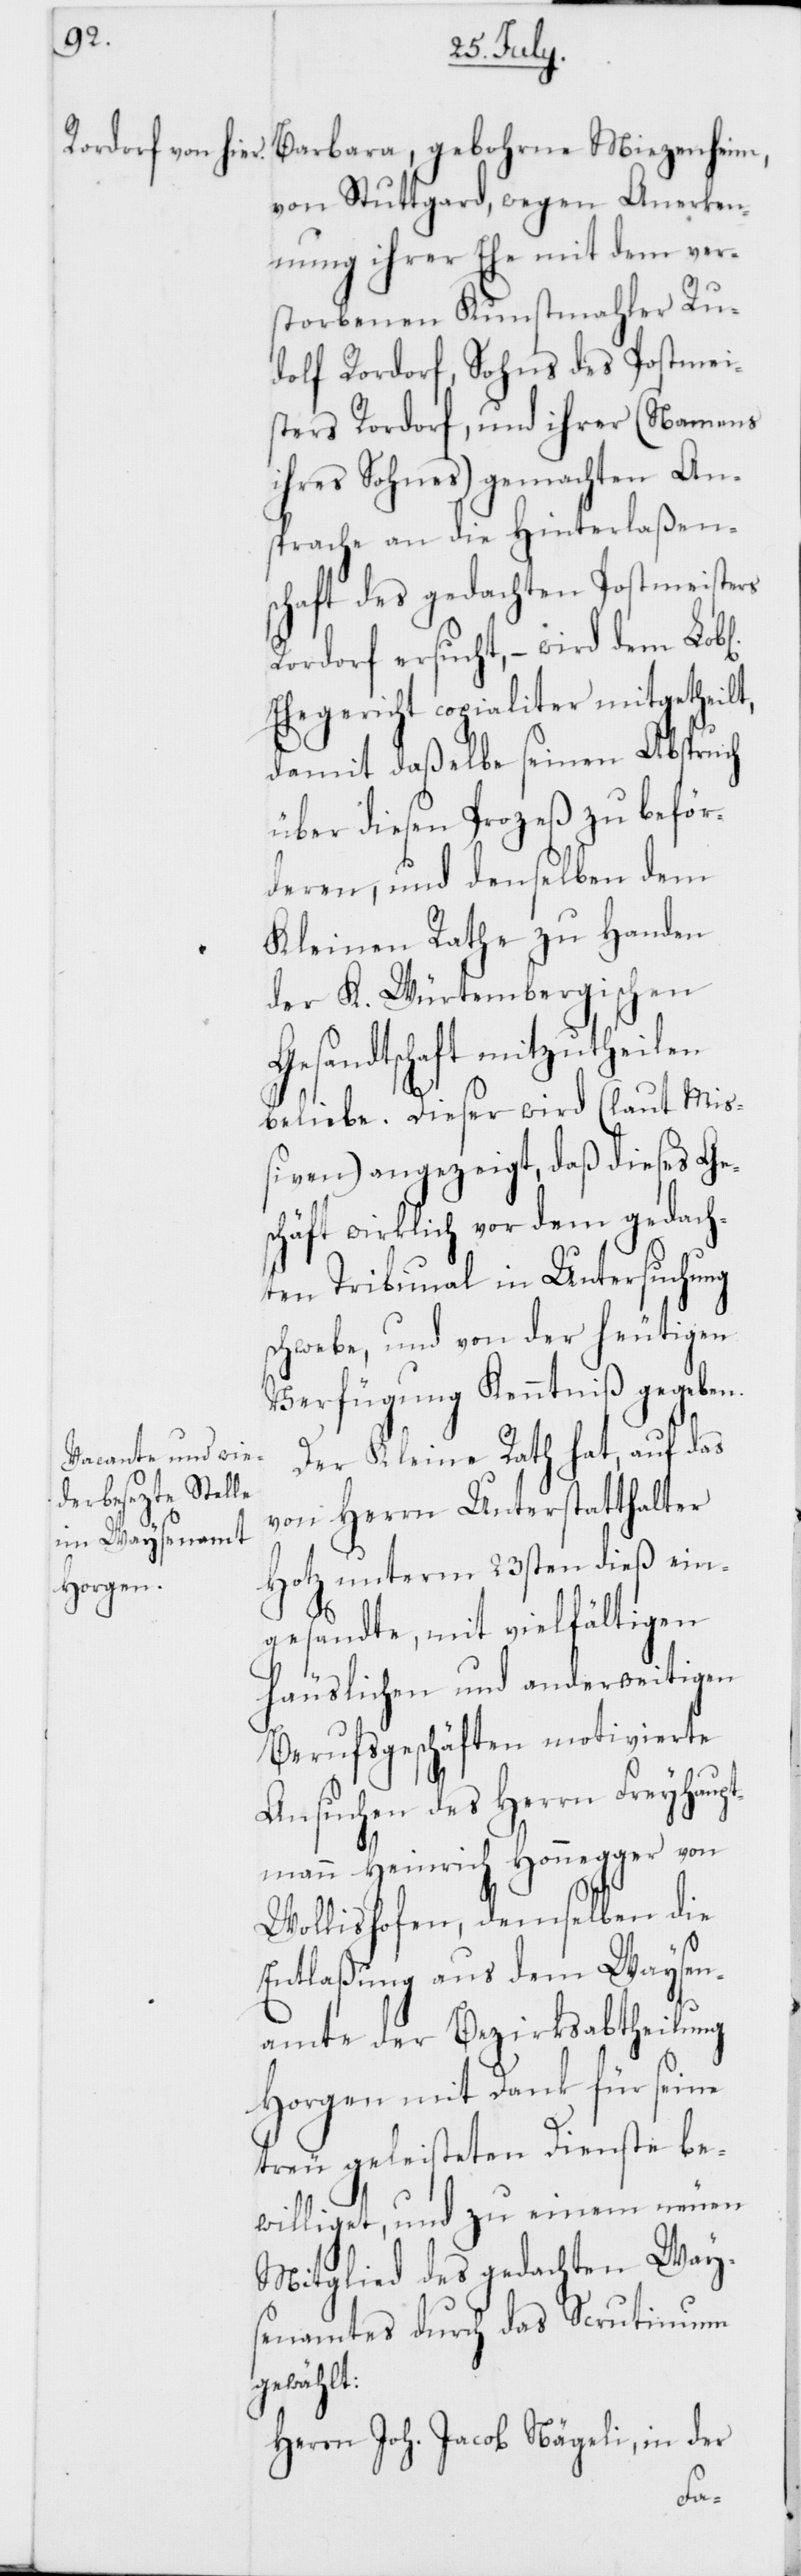
Barbara, gebohrne Miezenheim,
von Stuttgard, wegen Anerken¬
nung ihrer Ehe mit dem ver¬
storbenen Kunstmahler Ru¬
dolf Rordorf, Sohns des Postmei¬
sters Rordorf, und ihrer (Namens
ihres Sohnes) gemachten An¬
sprache an die Hinterlaßens¬
chaft des gedachten Postmeisters
Rordorf ersucht, – wird dem Lobl.
Ehegericht copialiter mitgetheilt,
damit daßelbe seinen Abspruch
über diesen Prozeß zu beför¬
deren, und denselben dem
Kleinen Rathe zu Handen
der K. Würtembergischen
Gesandtschaft mitzutheilen
beliebe. Dieser wird (laut Mi¬
ßiven) angezeigt, daß dieses Ge¬
schäft wirklich vor dem gedach¬
ten Tribunal in Untersuchung
schwebe, und von der heutigen
Verfügung Kenntniß gegeben.
Der Kleine Rath hat, auf das
von Herrn Unterstatthalter
Hotz unterm 23sten dieß ein¬
gesandte, mit vielfältigen
häuslichen und anderweitigen
Berufsgeschäften motivierte
haup¬
Ansuchen des Herrn
ger von
tmann Heinrich Honeg¬
Wollishofen, demselben die
Entlaßung aus dem Waysen¬
amte der Bezirksabtheilung
Horgen mit Dank für seine
treu geleisteten Dienste be¬
williget, und zu einem neuen
Mitglied des gedachten Ways¬
enamtes durch das Scrutinium
gewählt:
Herrn Joh. Jacob Nägeli, in der